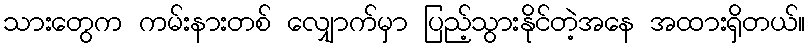
သားတွေက ကမ်းနားတစ် လျှောက်မှာ ပြည့်သွားနိုင်တဲ့အနေ အထားရှိတယ်။